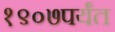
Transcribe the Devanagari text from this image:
१९०७पर्यंत